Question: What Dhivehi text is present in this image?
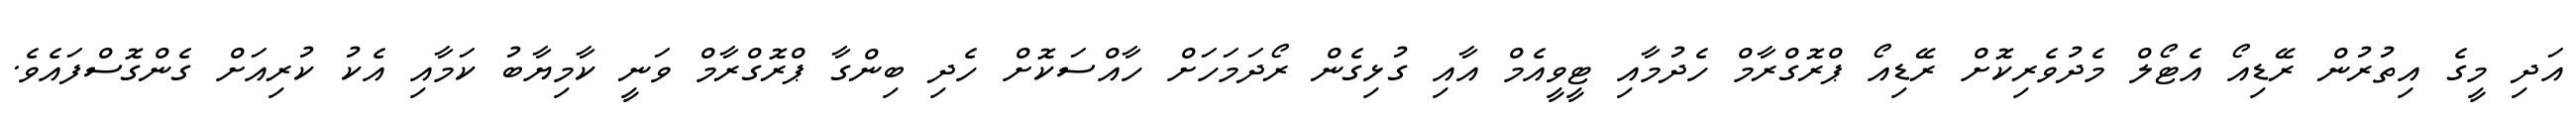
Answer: އަދި މީގެ އިތުރުން ރޭޑިއޯ އެޓޯލް މެދުވެރިކޮށް ރޭޑިއޯ ޕްރޮގްރާމް ހެދުމާއި ޓީވީއެމް އާއި ގުޅިގެން ރޯދަމަހަށް ހާއްސަކޮށް ހެދި ބިންގާ ޕްރޮގްރާމް ވަނީ ކާމިޔާބު ކަމާއި އެކު ކުރިއަށް ގެންގޮސްފައެވެ.